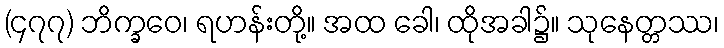
(၄၇၇) ဘိက္ခဝေ၊ ရဟန်းတို့။ အထ ခေါ၊ ထိုအခါ၌။ သုနေတ္တဿ၊